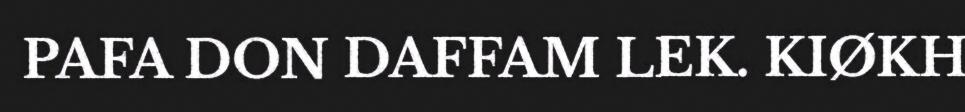
PAFA DON DAFFAM LEK. KIØKH